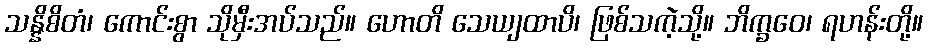
သန္နိစိတံ၊ ကောင်းစွာ သိုမှီးအပ်သည်။ ဟောတိ သေယျထာပိ၊ ဖြစ်သကဲ့သို့။ ဘိက္ခဝေ၊ ရဟန်းတို့။